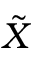
\tilde { X }